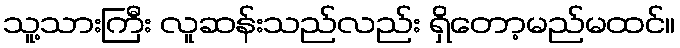
သူ့သားကြီး လူဆန်းသည်လည်း ရှိတော့မည်မထင်။